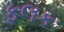
ફલક